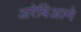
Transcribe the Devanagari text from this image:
अरेबिआने